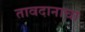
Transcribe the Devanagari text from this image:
तावदानाचा